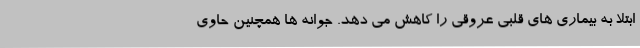
ابتلا به بیماری های قلبی عروقی را کاهش می دهد. جوانه ها همچنین حاوی